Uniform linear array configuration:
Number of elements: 32
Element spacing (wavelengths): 0.5
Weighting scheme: uniform
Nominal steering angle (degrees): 30
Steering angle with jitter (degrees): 31.685
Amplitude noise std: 0.05
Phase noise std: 0.05

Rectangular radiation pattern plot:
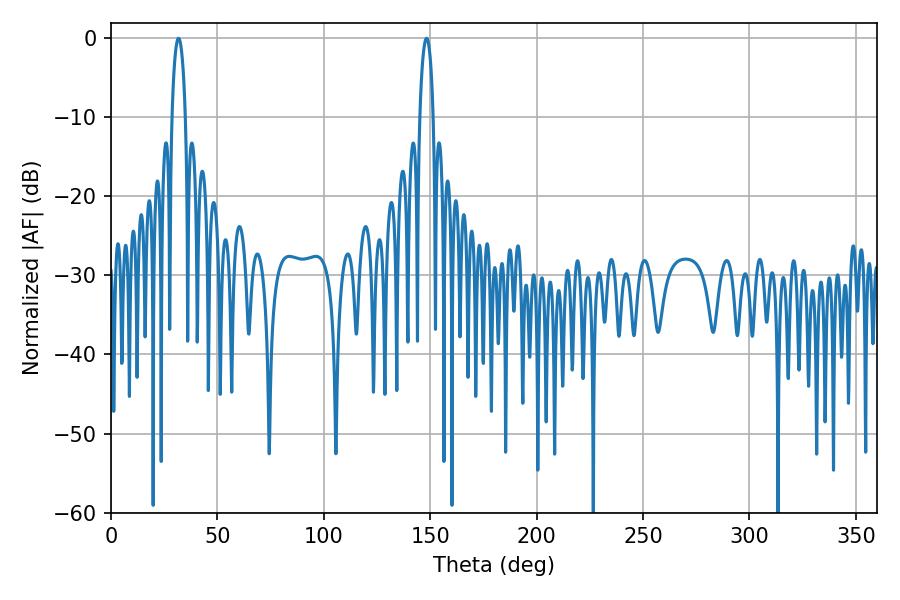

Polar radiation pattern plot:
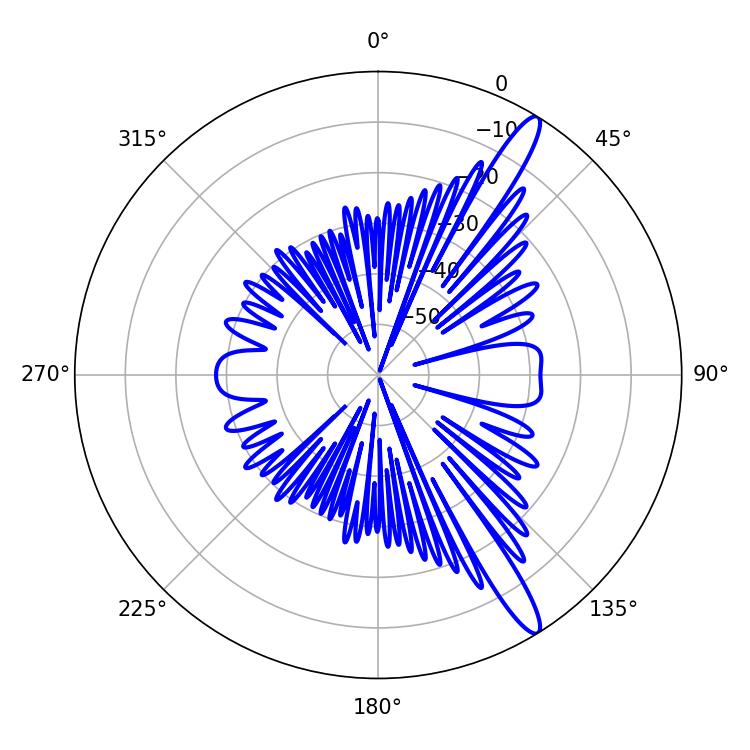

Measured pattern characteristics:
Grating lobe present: FALSE
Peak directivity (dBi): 14.169
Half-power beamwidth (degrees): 3.6
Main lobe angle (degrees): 31.68